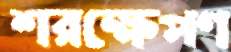
শরক্ষেপণ